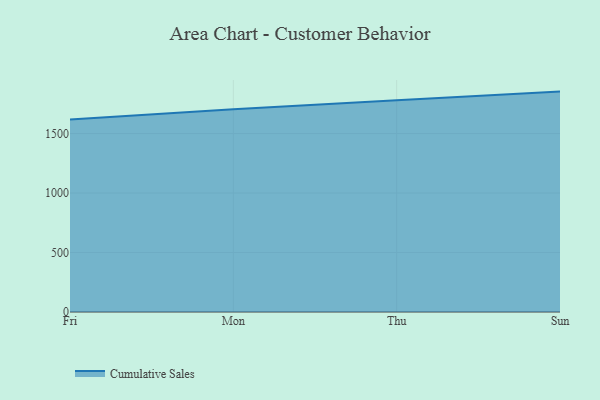
{"axis": {"x": "Day", "y": "Gross Profit (USD K)"}, "legend": ["Cumulative Sales"], "data": [{"x": "Fri", "y": 1617.1, "type": "Cumulative Sales"}, {"x": "Mon", "y": 1703.4, "type": "Cumulative Sales"}, {"x": "Thu", "y": 1779.8, "type": "Cumulative Sales"}, {"x": "Sun", "y": 1852.5, "type": "Cumulative Sales"}]}